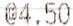
@4.50